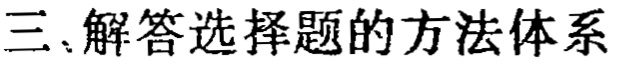
三、解答选择题的方法体系